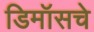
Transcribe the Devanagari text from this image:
डिमॉसचे